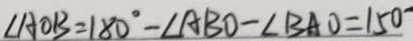
\angle A O B = 1 8 0 ^ { \circ } - \angle A B O - \angle B A O = 1 5 0 ^ { \circ }